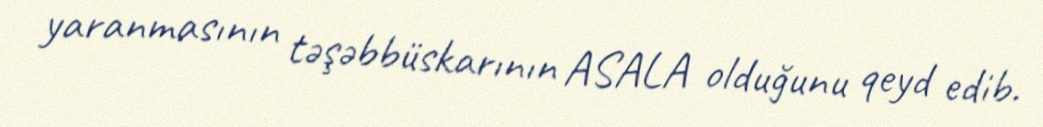
yaranmasının təşəbbüskarının ASALA olduğunu qeyd edib.